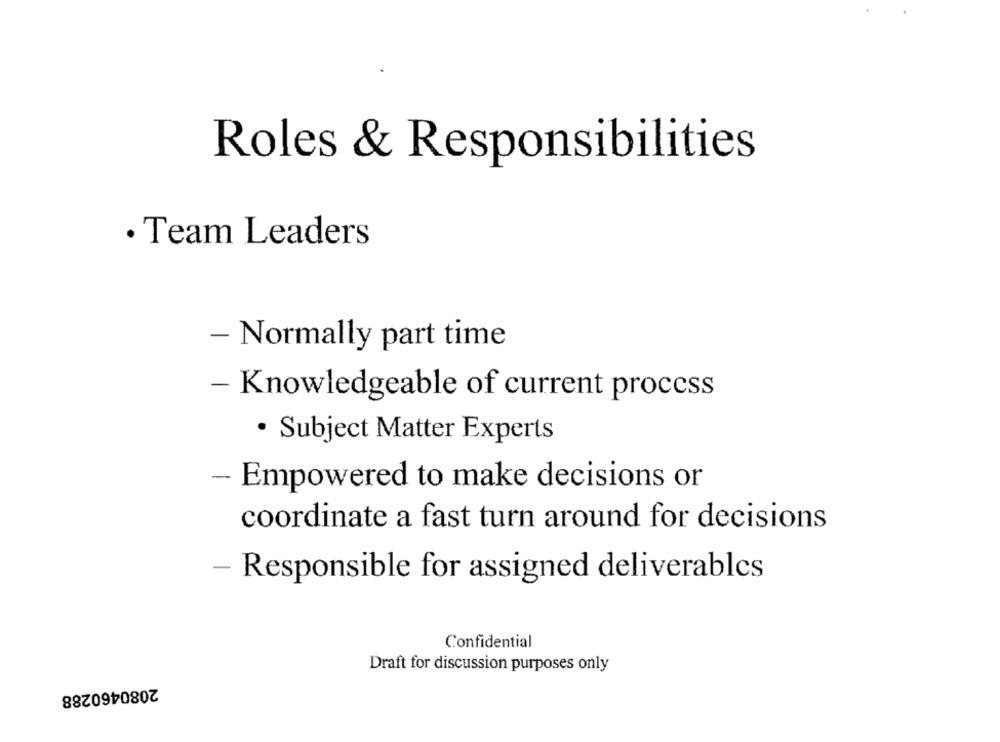
Roles & Responsibilities
· Team Leaders
- Normally part time
- Knowledgeable of current process
· Subject Matter Experts
- Empowered to make decisions or
coordinate a fast turn around for decisions
- Responsible for assigned deliverables
Confidential
Draft for discussion purposes only
2080460288